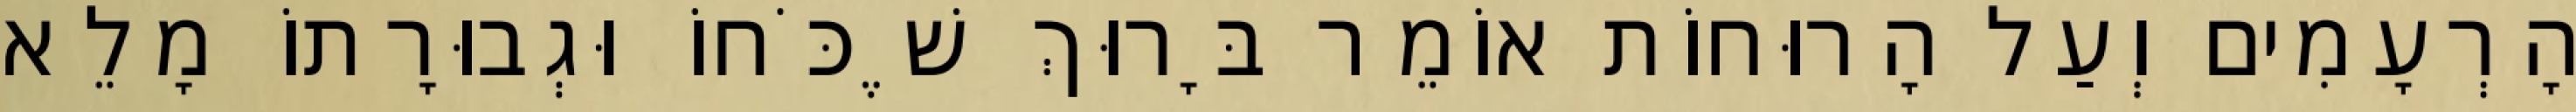
הָרְעָמִים וְעַל הָרוּחוֹת אוֹמֵר בָּרוּךְ שֶׁכֹּחוֹ וּגְבוּרָתוֹ מָלֵא